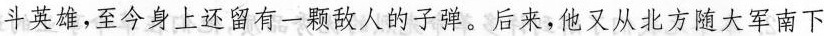
斗英雄，至今身上还留有一颗敌人的子弹。后来，他又从北方随大军南下